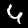
Digit: 4